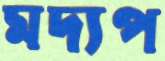
মদ্যপ